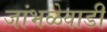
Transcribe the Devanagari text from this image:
जांभळेवाडी